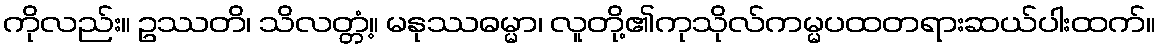
ကိုလည်း။ ဥဿတိ၊ သိလတ္တံ့။ မနုဿဓမ္မာ၊ လူတို့၏ကုသိုလ်ကမ္မပထတရားဆယ်ပါးထက်။